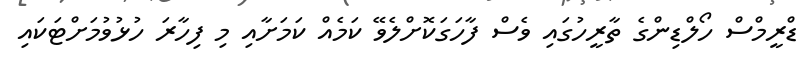
ޑްރީމްސް ހޯލްޑިންގެ ތާރީހުގައި ވެސް ފާހަގަކޮށްލެވޭ ކަމެއް ކަމަށާއި މި ފިހާރަ ހުޅުވުމަށްޓަކައި